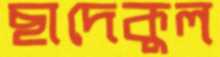
ছাদেকুল